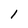
Character: 1